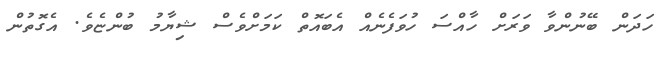
ހަދަން ބޭނުންވާ ވަރަށް ހާއްސަ ހުވަފެނެއް އެބައޮތް ކަމަށްވެސް ޝިޔާމު ބުންޏެވެ. އެގޮތުން